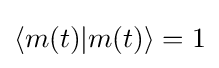
\langle m(t)|m(t)\rangle =1